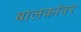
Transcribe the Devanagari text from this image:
बालकांवर